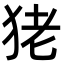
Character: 狫